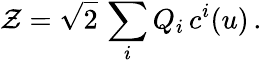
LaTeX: {\cal Z}=\sqrt{2}\, \sum_{i}Q_{i}\, c^{i}(u)\, .